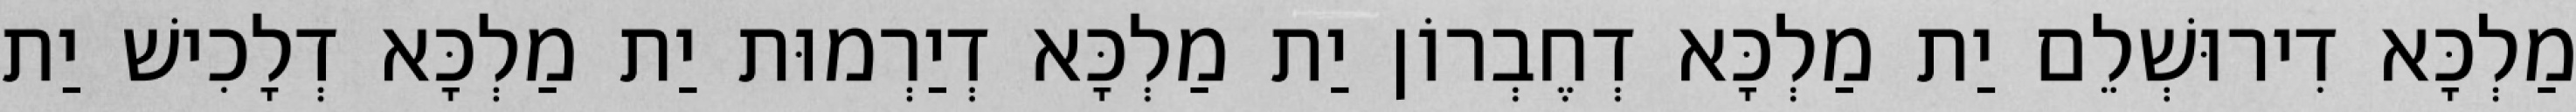
מַלְכָּא דִירוּשְׁלֵם יַת מַלְכָּא דְחֶבְרוֹן יַת מַלְכָּא דְיַרְמוּת יַת מַלְכָּא דְלָכִישׁ יַת